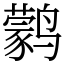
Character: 鹲